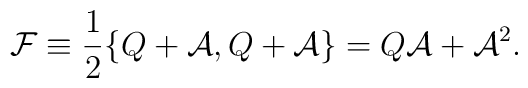
\mathcal{F} \equiv \frac{1}{2}\{Q+\mathcal{A},Q+\mathcal{A}\} = Q\mathcal{A}+ \mathcal{A}^2.